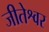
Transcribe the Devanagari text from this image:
जीतेश्वर